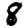
Digit: 8